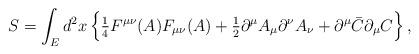
LaTeX: \begin{align*}S = \int_E d^2x\, \Bigr\{\hbox{$\frac{1}{4}$} F^{\mu\nu}(A) F_{\mu\nu}(A) +\hbox{$\frac{1}{2}$} \partial^\mu A_\mu \partial^\nu A_\nu +\partial^\mu \bar{C} \partial_\mu C \Bigr\}\,,\end{align*}